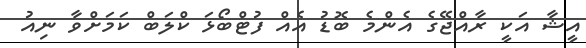
އީޝާ އަކީ ރާއްޖޭގެ އެންމެ ބޮޑު އެއް ފުޓްބޯޅަ ކްލަބް ކަމަށްވާ ނިއު